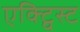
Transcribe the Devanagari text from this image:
एक्ट्विस्ट